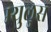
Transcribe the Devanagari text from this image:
म्युलुस